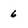
Character: 6